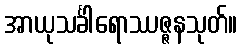
အာယုသင်္ခါရောဿဇ္ဇနသုတ်။